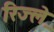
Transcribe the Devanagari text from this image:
रिज्ल़े